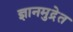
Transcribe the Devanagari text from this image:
ज्ञानमुद्रेत